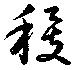
稷